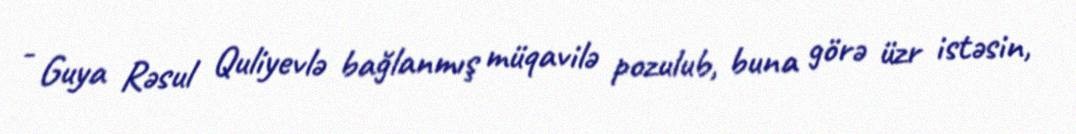
- Guya Rəsul Quliyevlə bağlanmış müqavilə pozulub, buna görə üzr istəsin,